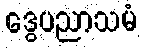
ဒွေပညာသမံ